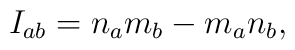
I_{ab} = n_a m_b - m_a n_b ,